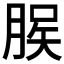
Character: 𫞆